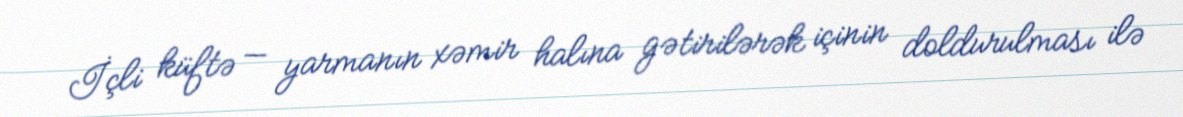
İçli küftə — yarmanın xəmir halına gətirilərək içinin doldurulması ilə